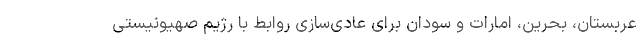
عربستان، بحرین، امارات و سودان برای عادی‌سازی‌ روابط با رژیم صهیونیستی